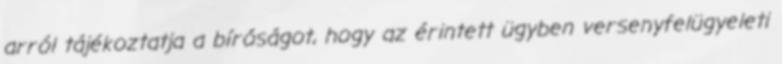
arról tájékoztatja a bíróságot, hogy az érintett ügyben versenyfelügyeleti